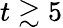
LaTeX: t\gtrsim 5